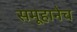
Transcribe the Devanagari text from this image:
समूहानेच